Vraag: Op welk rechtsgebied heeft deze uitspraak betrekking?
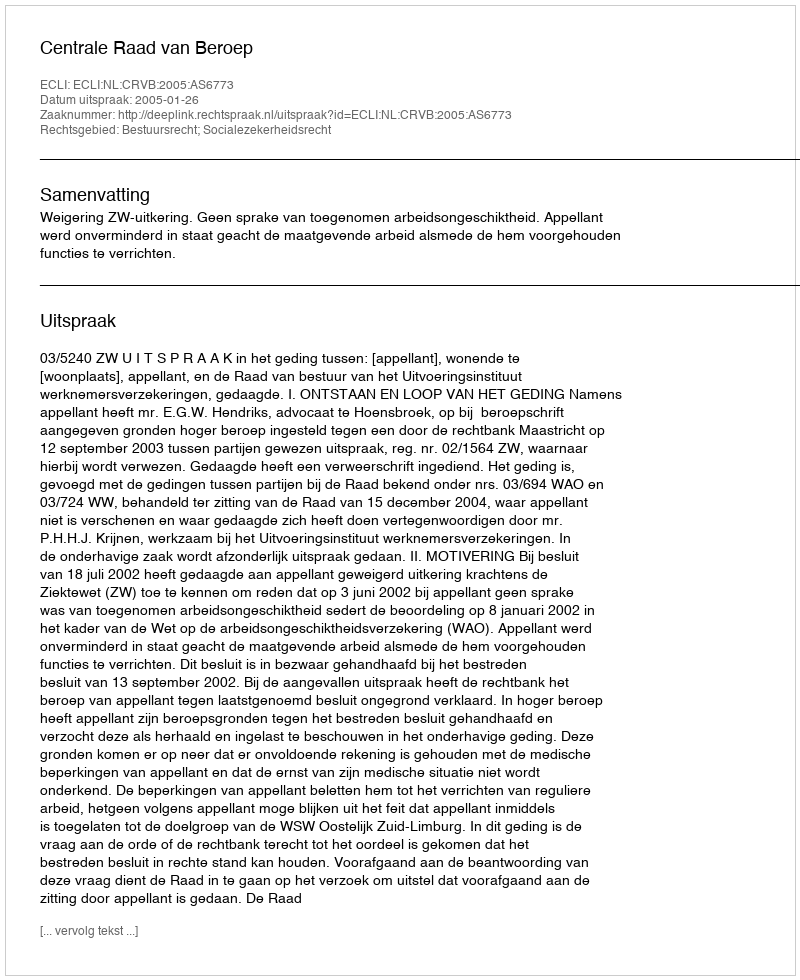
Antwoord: Bestuursrecht; Socialezekerheidsrecht